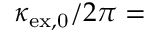
\kappa _ { \mathrm { e x , 0 } } / 2 \pi =